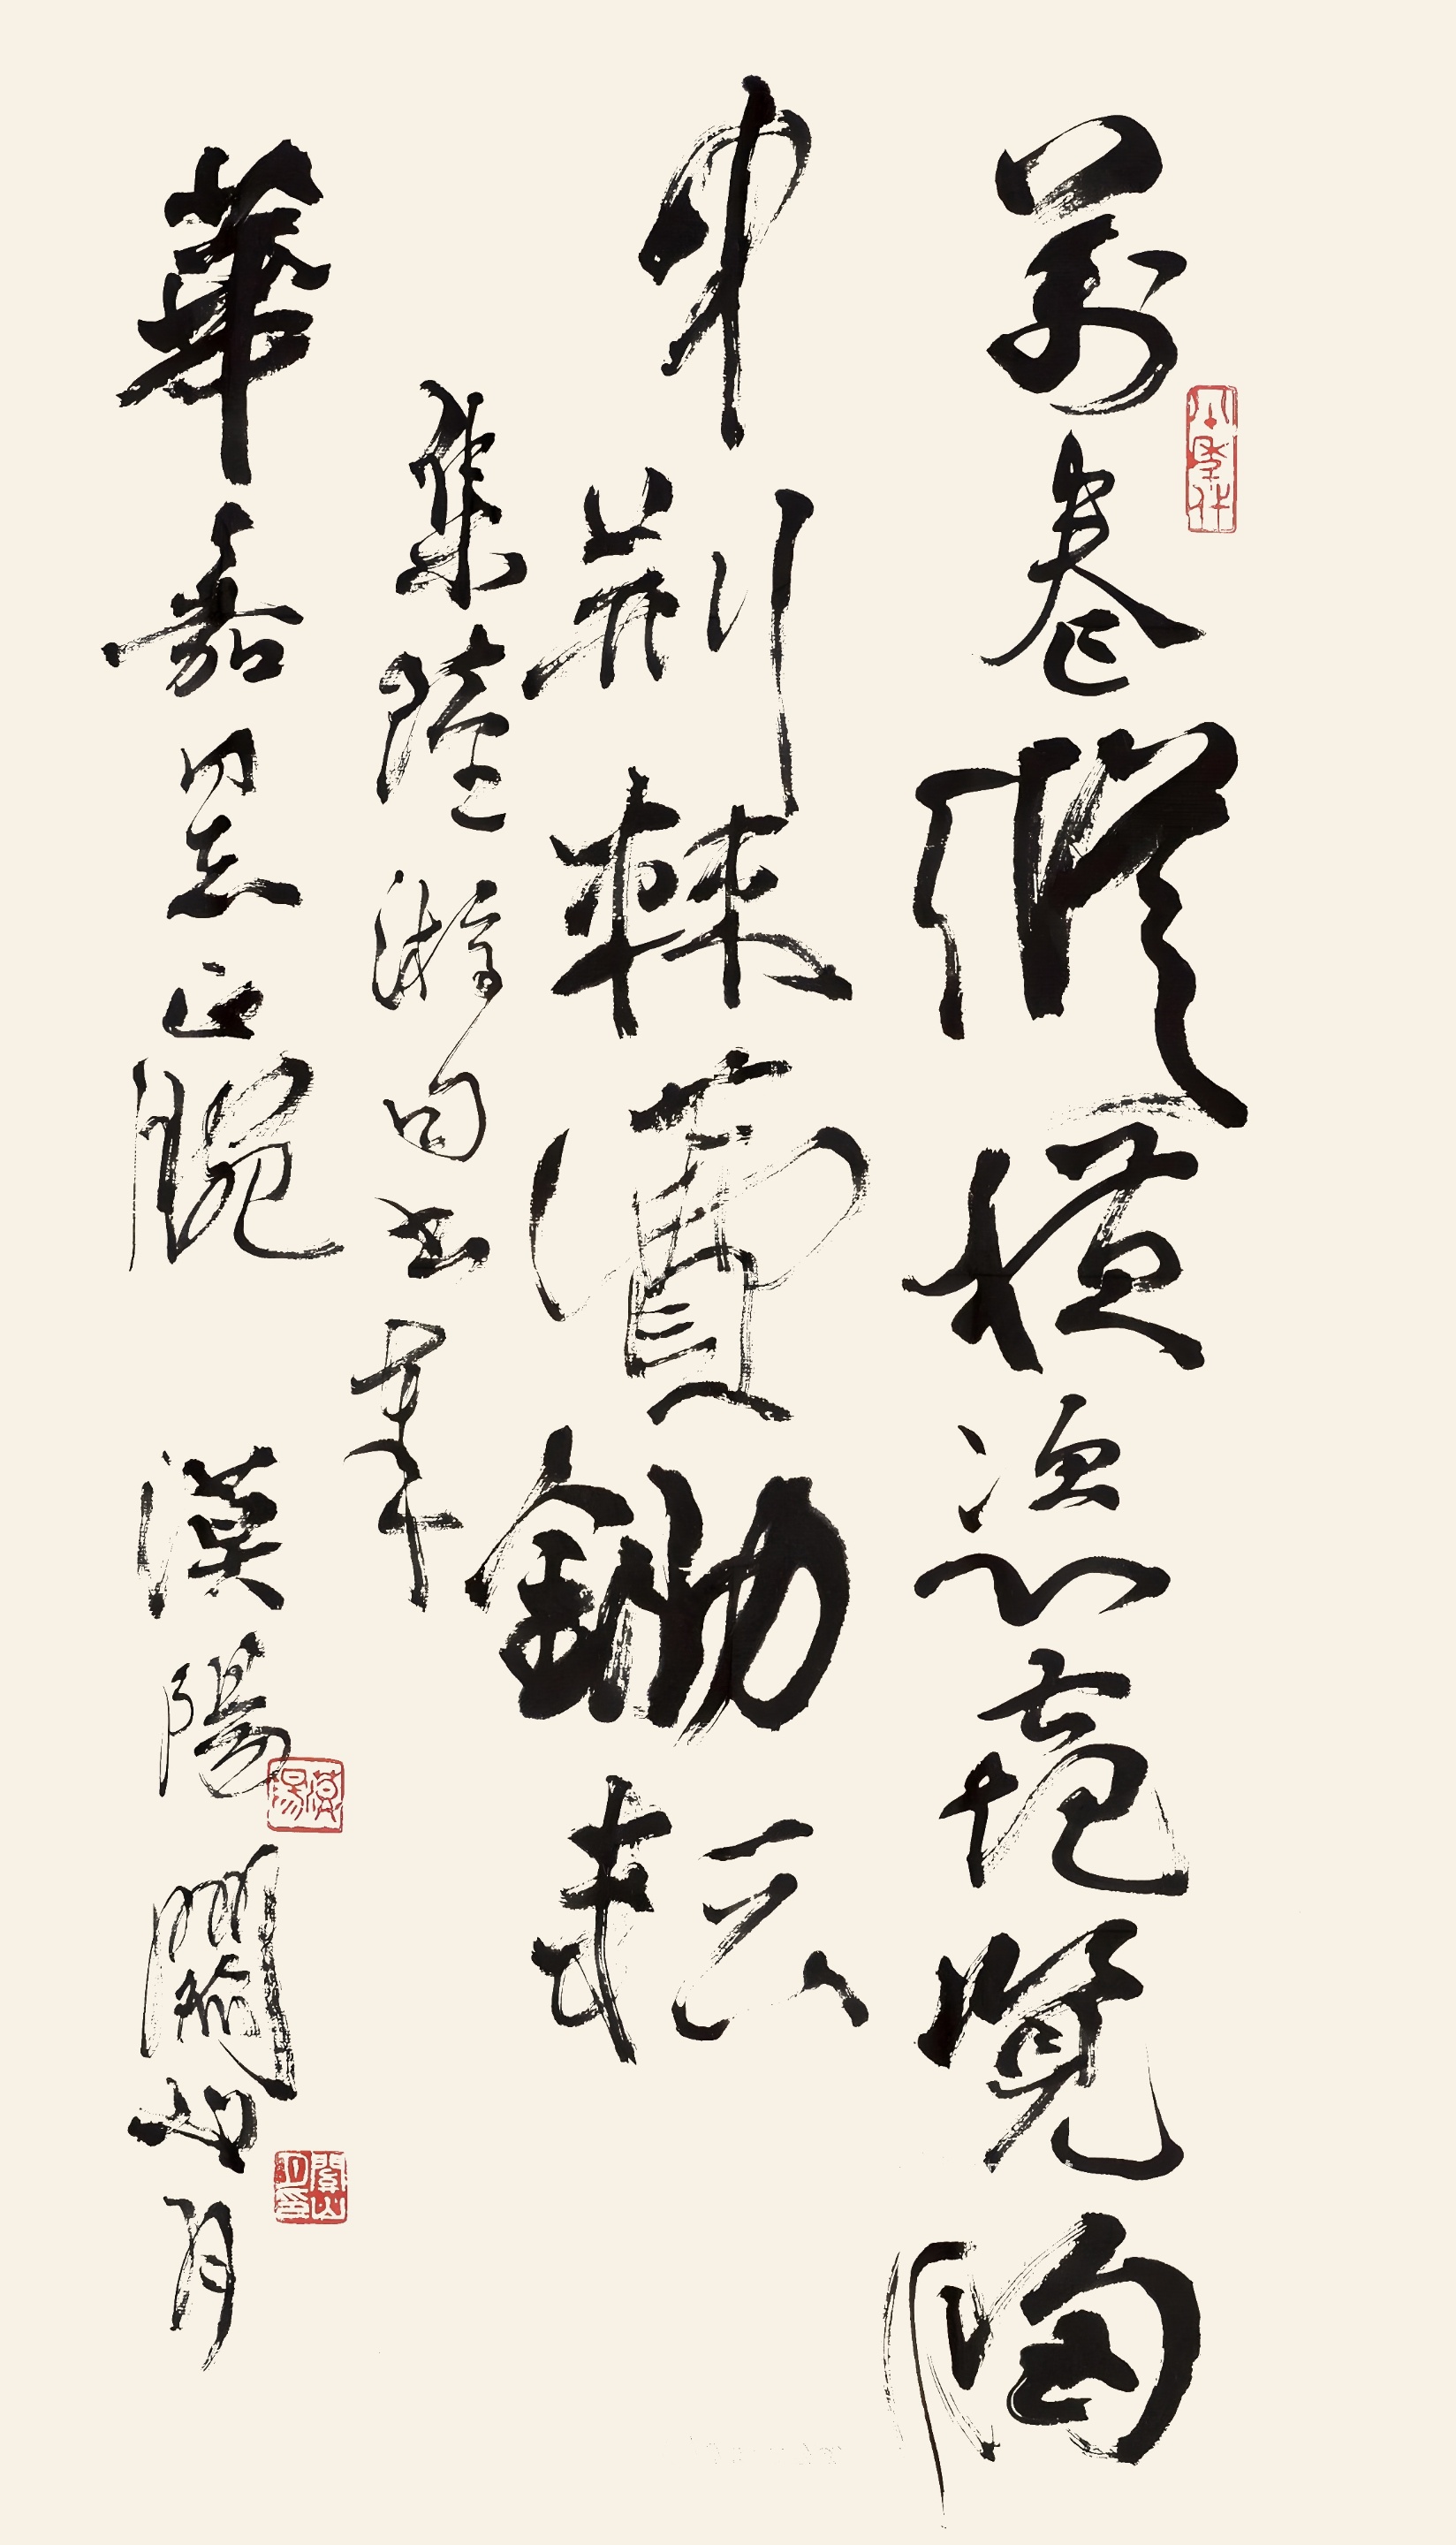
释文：万卷纵横恣窥览，胸中荆棘费锄耘。集陆游句，书奉华嘉同志正腕。漠阳关山月。